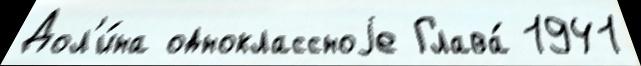
Дол'и́на одноклассноjе Глава́ 1941